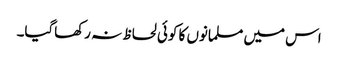
اس میں مسلمانوں کا کوئی لحاظ نہ رکھاگیا۔